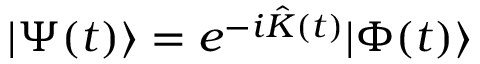
| \Psi ( t ) \rangle = e ^ { - i \hat { K } ( t ) } | \Phi ( t ) \rangle